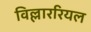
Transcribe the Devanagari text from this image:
विल्लाररियल